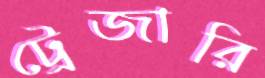
ট্রেজারি